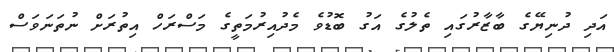
އަދި ދުނިޔޭގެ ބާޒާރުގައި ތެލުގެ އަގު ބޮޑުވެ މެދުއިރުމަތީގެ މަސްރަހް އިތުރަށް ނުތަނަވަސް